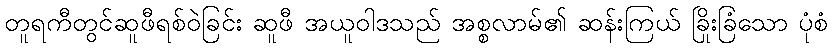
တူရကီတွင်ဆူဖီရစ်ဝဲခြင်း ဆူဖီ အယူဝါဒသည် အစ္စလာမ်၏ ဆန်းကြယ် ခြိုးခြံသော ပုံစံ